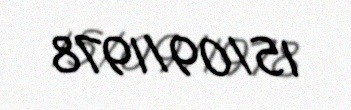
15/09/1978